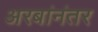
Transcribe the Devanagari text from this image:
अरबांनंतर